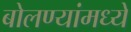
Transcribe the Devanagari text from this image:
बोलण्यांमध्ये